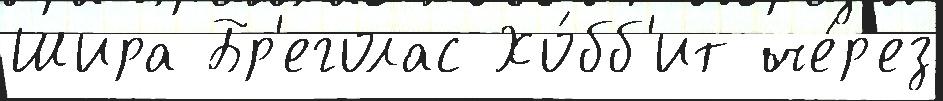
Шира Бр'еголас Хо́бб'ит че́р'ез